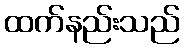
ထက်နည်းသည်